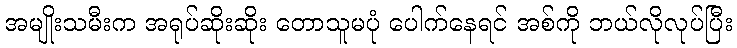
အမျိုးသမီးက အရုပ်ဆိုးဆိုး တောသူမပုံ ပေါက်နေရင် အစ်ကို ဘယ်လိုလုပ်ပြီး